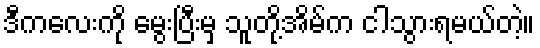
ဒီကလေးကို မွေးပြီးမှ သူတို့အိမ်က ငါသွားရမယ်တဲ့။